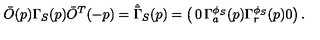
\bar { O } ( p ) \Gamma _ { S } ( p ) \bar { O } ^ { T } ( - p ) = \hat { \bar { \Gamma } } _ { S } ( p ) = \left( \begin{matrix} { 0 } & { \Gamma _ { a } ^ { \phi _ { S } } ( p ) } \\ { \Gamma _ { r } ^ { \phi _ { S } } ( p ) } & { 0 } \\ \end{matrix} \right) .